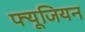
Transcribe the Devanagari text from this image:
फ्यूजियन